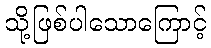
သို့ဖြစ်ပါသောကြောင့်